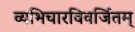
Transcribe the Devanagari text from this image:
व्यभिचारविवर्जितम्